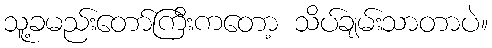
သူ့ခမည်းတော်ကြီးကတော့ သိပ်ချမ်းသာတာပဲ။